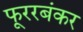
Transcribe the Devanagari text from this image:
फूररबंकर